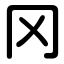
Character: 冈